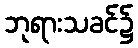
ဘုရားသခင်၌